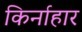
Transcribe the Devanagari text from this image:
किर्नाहार